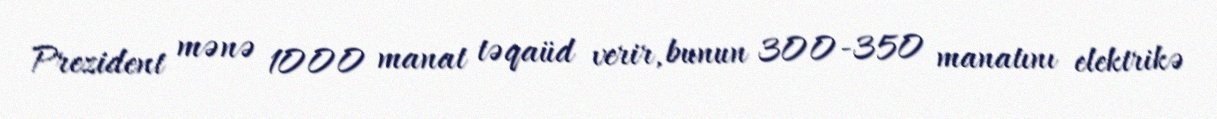
Prezident mənə 1000 manat təqaüd verir, bunun 300-350 manatını elektrikə